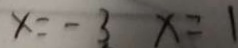
x = - 3 x = 1